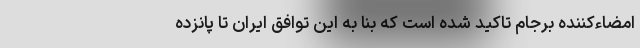
امضاءکننده برجام تاکید شده است که بنا به این توافق ایران تا پانزده